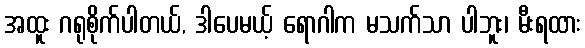
အထူး ဂရုစိုက်ပါတယ်, ဒါပေမယ့် ရောဂါက မသက်သာ ပါဘူး၊ မီးရထား